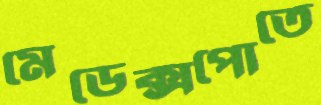
মেডেক্সপোতে